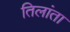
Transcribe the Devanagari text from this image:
तिलांता